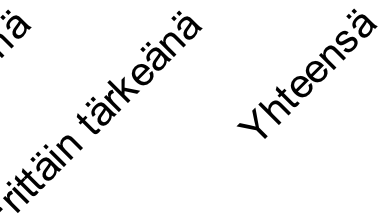
itt äi n t är k e ä n ä Y ht e e n s ä